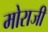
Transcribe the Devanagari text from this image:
मोराजी